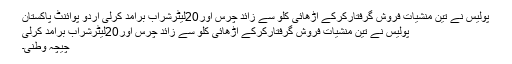
پولیس نے تین منشیات فروش گرفتارکرکے اڑھائی کلو سے زائد چرس اور20لیٹرشراب برآمد کرلی اُردو پوائنٹ پاکستان
پولیس نے تین منشیات فروش گرفتارکرکے اڑھائی کلو سے زائد چرس اور20لیٹرشراب برآمد کرلی
چیچہ وطنی۔